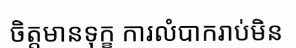
ចិត្តមានទុក្ខ ការលំបាករាប់មិន